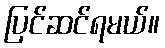
ပြင်ဆင်ရမယ်။